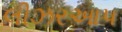
લીઝરઆપ